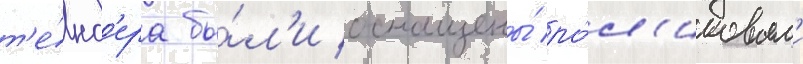
т'е́нд'ера бы́л'и оснащены́ ро́л'иковым'и